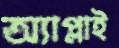
অ্যাপ্লাই